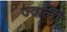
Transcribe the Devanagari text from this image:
ज्वाली